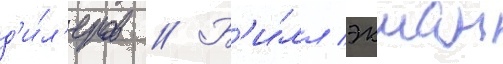
д'и́л'еров // Б'и́лл экман